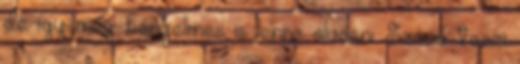
de így még kényelmes is lenne olvasni. Szóvá teszi